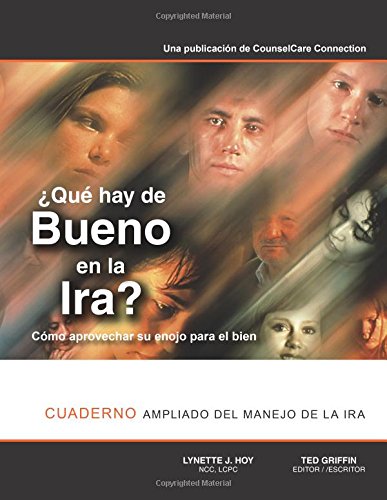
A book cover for Â¿QuÃ© hay de Bueno en la Ira?: Libro y cuaderno ampliado acerca del manejo de la ira (Spanish Edition); Lynette J Hoy; Self-Help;